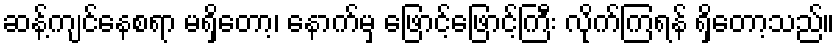
ဆန့်ကျင်နေစရာ မရှိတော့၊ နောက်မှ ဖြောင့်ဖြောင့်ကြီး လိုက်ကြရန် ရှိတော့သည်။